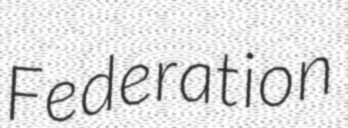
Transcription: Federation